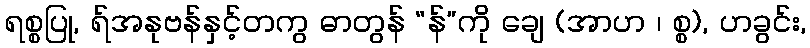
ရစ္စပြု, ရ်အနုဗန်နှင့်တကွ ဓာတွန် “န်”ကို ချေ (အာဟ ၊ စ္စ), ဟခွင်း,